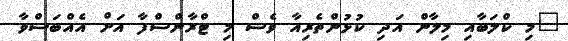
"މި ކްލަބާއި މިލާން އަދި ކުޅުންތެރިއާ ވެސް މި ޓްރާންސްފާ އަށް އެއްބަސްވާ